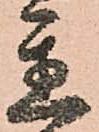
置